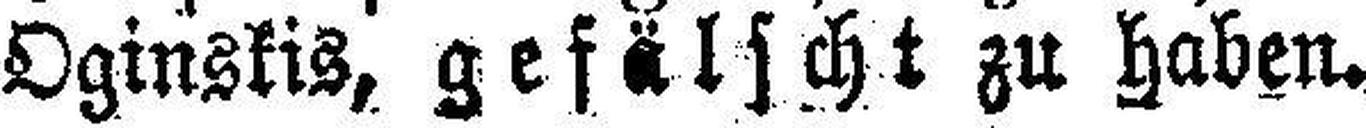
Oginskis, gefälscht zu haben.